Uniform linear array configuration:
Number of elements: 64
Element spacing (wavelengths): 0.5
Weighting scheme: hann
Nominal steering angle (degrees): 45
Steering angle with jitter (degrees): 45.42
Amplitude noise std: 0.05
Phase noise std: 0.05

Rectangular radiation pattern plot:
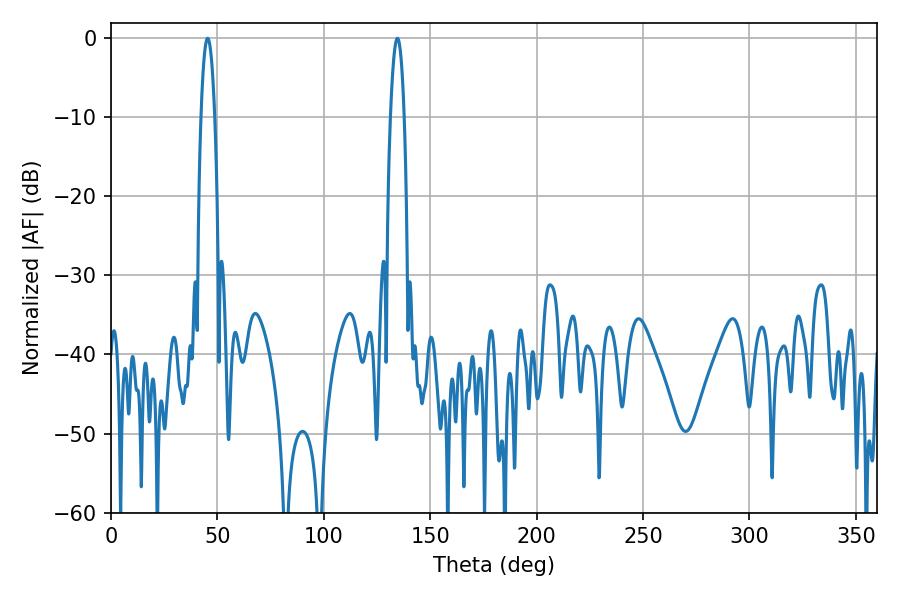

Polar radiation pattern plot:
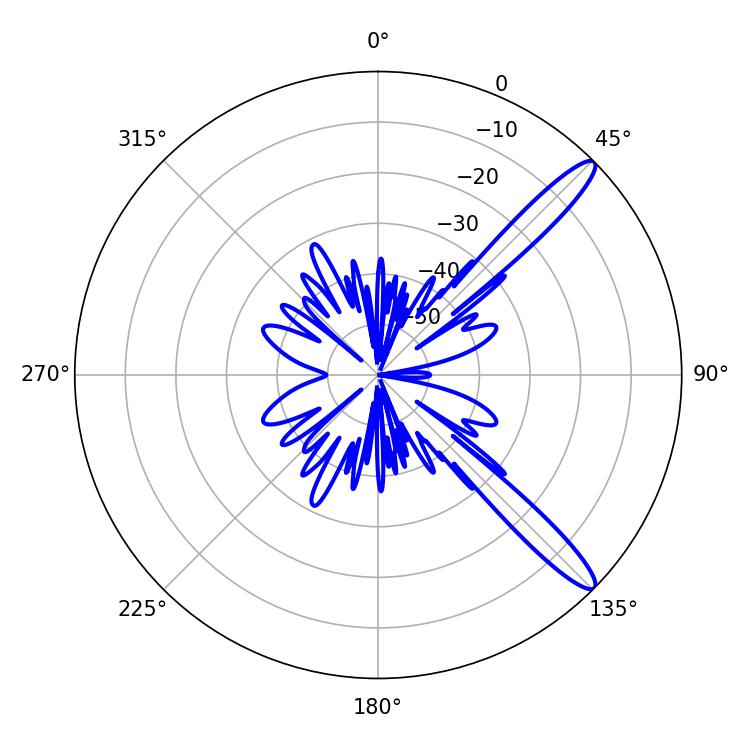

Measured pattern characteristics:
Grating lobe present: FALSE
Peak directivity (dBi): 13.171
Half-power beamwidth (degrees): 3.42
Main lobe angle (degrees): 134.64